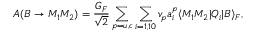
A ( B \rightarrow M _ { 1 } M _ { 2 } ) = \frac { G _ { F } } { \sqrt { 2 } } \sum _ { p = u , c } \sum _ { i = 1 , 1 0 } v _ { p } a _ { i } ^ { p } \langle M _ { 1 } M _ { 2 } \vert Q _ { i } \vert B \rangle _ { F } ,